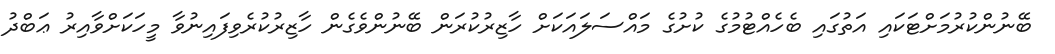
ބޭނުންކުރުމަށްޓަކައި އަތުގައި ބެހެއްޓުމުގެ ކުށުގެ މައްސަލައަކަށް ހާޒިރުކުރަން ބޭނުންވެގެން ހާޒިރުކުރެވިފައިނުވާ މީހަކަށްވާއިރު ޢަބްދު